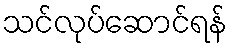
သင်လုပ်ဆောင်ရန်